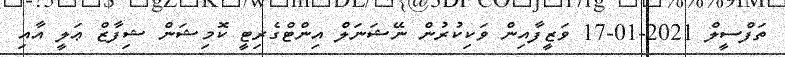
ތަފްސީލް 2021-01-17 ވަޒީފާއިން ވަކިކުރުން ނޭޝަނަލް އިންޓްގެރިޓީ ކޮމިޝަން ޝިފާޒް ޢަލީ އާއި